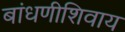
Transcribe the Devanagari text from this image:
बांधणीशिवाय